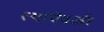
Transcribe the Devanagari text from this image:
त्यांऐवजी